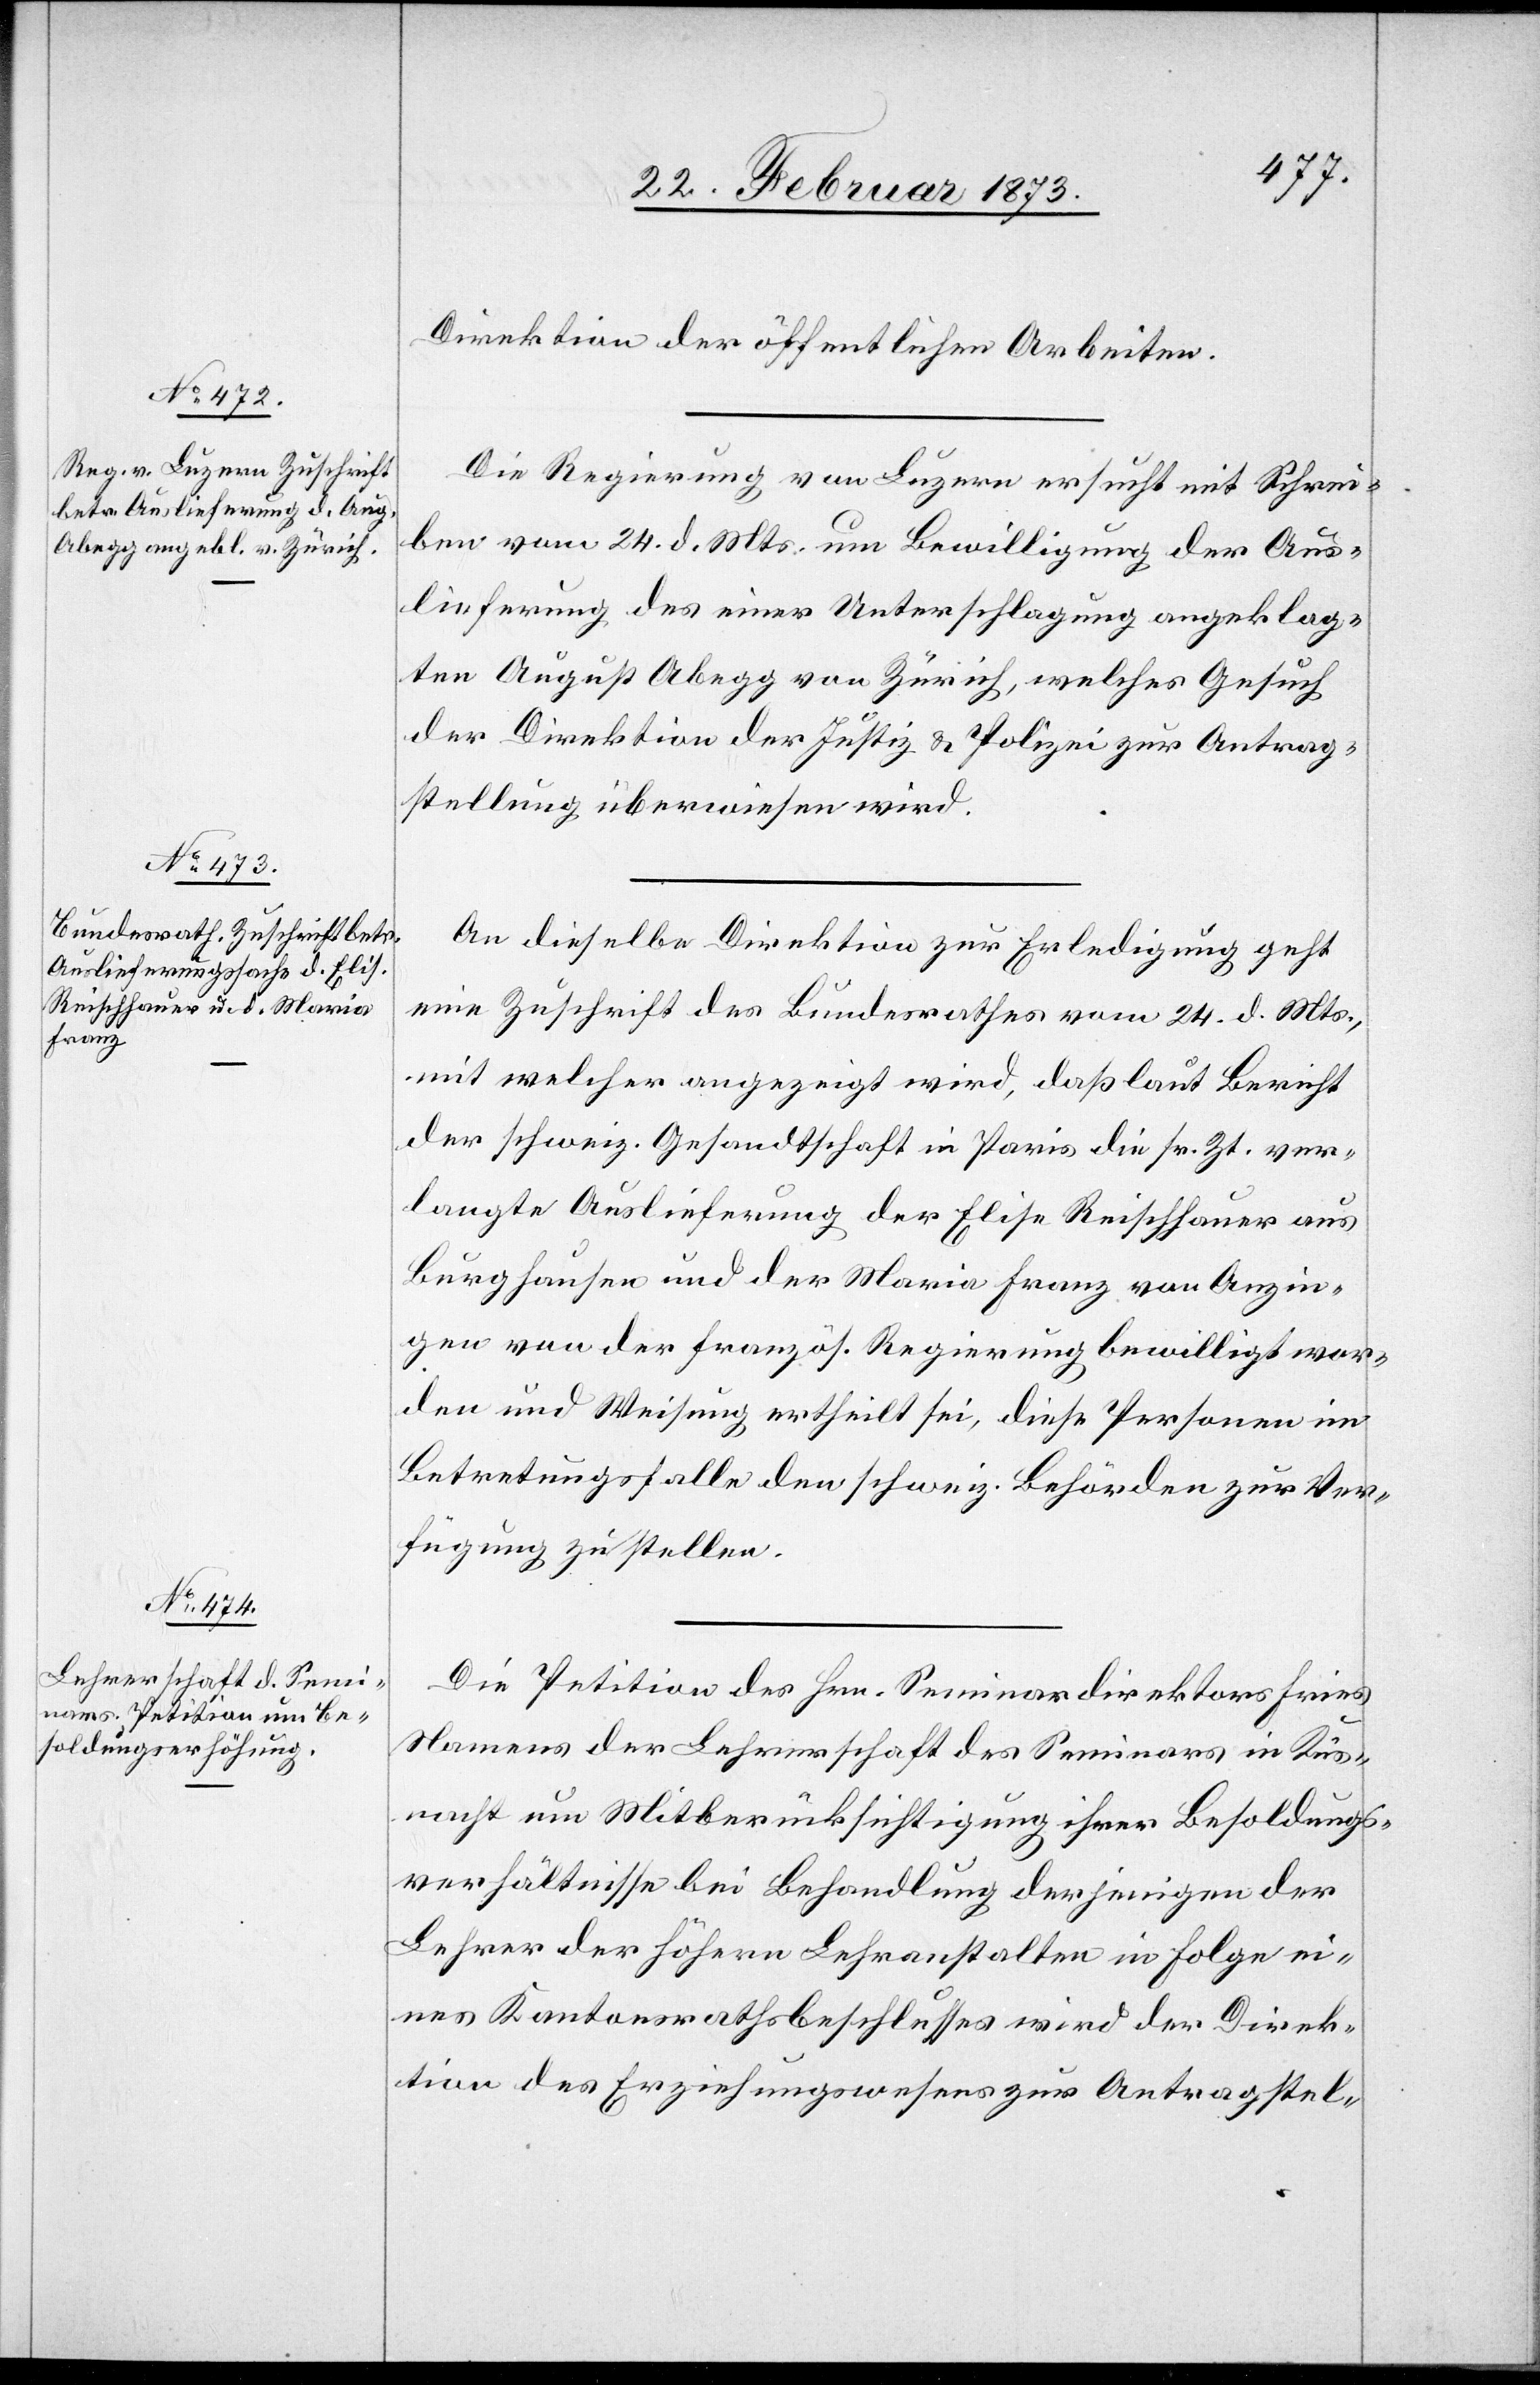
26. Februar 1873.]
Direktion der öffentlichen Arbeiten.
Die Regierung von Luzern ersucht mit Schrei¬
ben vom 24. d. Mts. um Bewilligung der Aus¬
lieferung des einer Unterschlagung angeklag¬
ten August Abegg von Zürich, welches Gesuch
der Direktion der Justiz u. Polizei zur Antrag¬
stellung überwiesen wird.
An dieselbe Direktion zur Erledigung geht
eine Zuschrift des Bundesrathes vom 24. d. Mts.,
mit welcher angezeigt wird, daß laut Bericht
der schweiz. Gesandtschaft in Paris die sr. Zt. ver¬
langte Auslieferung der Elise Reischauer aus
Burghausen und der Maria Franz von Anzei¬
gen von der französ. Regierung bewilligt wer¬
den und Weisung ertheilt sei, diese Personen im
Betretungsfalle den schweiz. Behörden zur Ver¬
fügung zu stellen.
Die Petition des Hrn. Seminardirektors Fries
Namens der Lehrerschaft des Seminars in Küs¬
nacht um Mitberücksichtigung ihrer Besoldungs¬
verhältnisse bei Behandlung derjenigen der
Lehrer der höhern Lehranstalten in Folge ei¬
nes Kantonsrathsbeschlusses wird der Direk¬
tion des Erziehungswesens zur Antragstel-